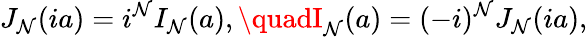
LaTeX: J_{\mathcal{N}}(ia)=i^{\mathcal{N}}I_{\mathcal{N}}(a),\quadI_{\mathcal{N}}(a)=(-i)^{\mathcal{N}}J_{\mathcal{N}}(ia),